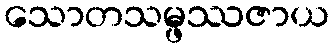
သောတသမ္ဖဿဇာယ